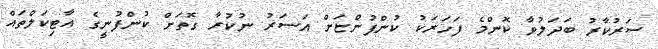
ސަރުކާރު ބަދަލުވާ ކޮންމެ ފަހަރަކު ކުންފުންޏަށް އަސަރު ނުކުރާ ގޮތަށް ކުންފުނީގެ އާޓިކަލްތައް